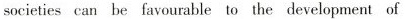
societies can be favourable to the development of